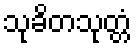
သုခိတသုတ္တံ